Bombay plague: being a history of the progress of plague in the Bombay presidency from September 1896 to June 1899
Year: 1896
Disease focus: Plague
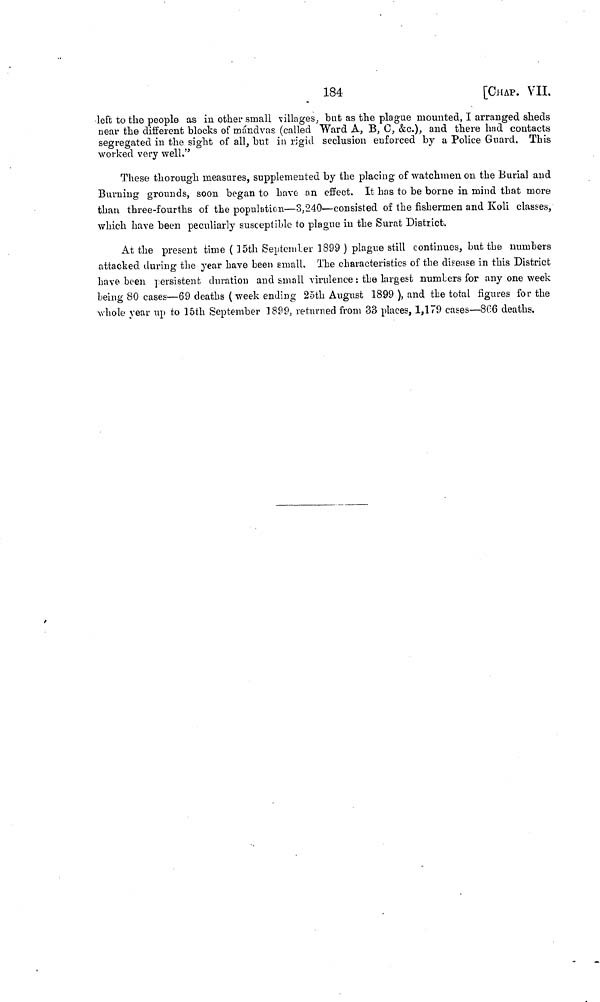
184
[CHAP. VII.
left to the people as in other small villages, but as the plague mounted, I arranged sheds
near the different blocks of mándvas (called Ward A, B, C, &c.), and there had contacts
segregated in the sight of all, but in rigid seclusion enforced by a Police Guard. This
worked very well."
These thorough measures, supplemented by the placing of watchmen on the Burial and
Burning grounds, soon began to have an effect. It has to be borne in mind that more
than three-fourths of the population—3,240—consisted of the fishermen and Koli classes,
which have been peculiarly susceptible to plague in the Surat District.
At the present time ( 15th September 1899 ) plague still continues, but the numbers
attacked during the year have been small. The characteristics of the disease in this District
have been persistent duration and small virulence : the largest numbers for any one week
being 80 cases—69 deaths ( week ending 25th August 1899 ), and the total figures for the
whole year up to 15th September 1899, returned from 33 places, 1,179 cases—8C6 deaths.